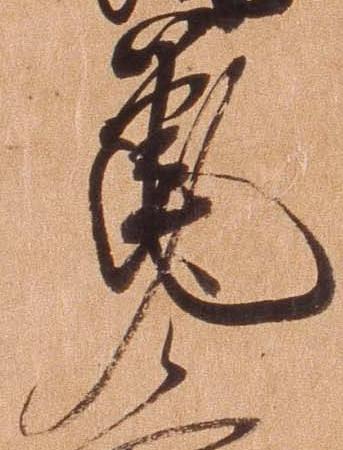
筆